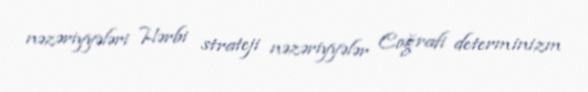
nəzəriyyələri Hərbi strateji nəzəriyyələr Coğrafi determinizm